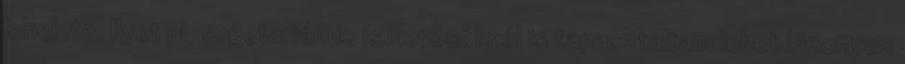
lehelete. Ilyet pl. vegetariánus ismerõsöknél is tapasztaltam lehet bizonyos